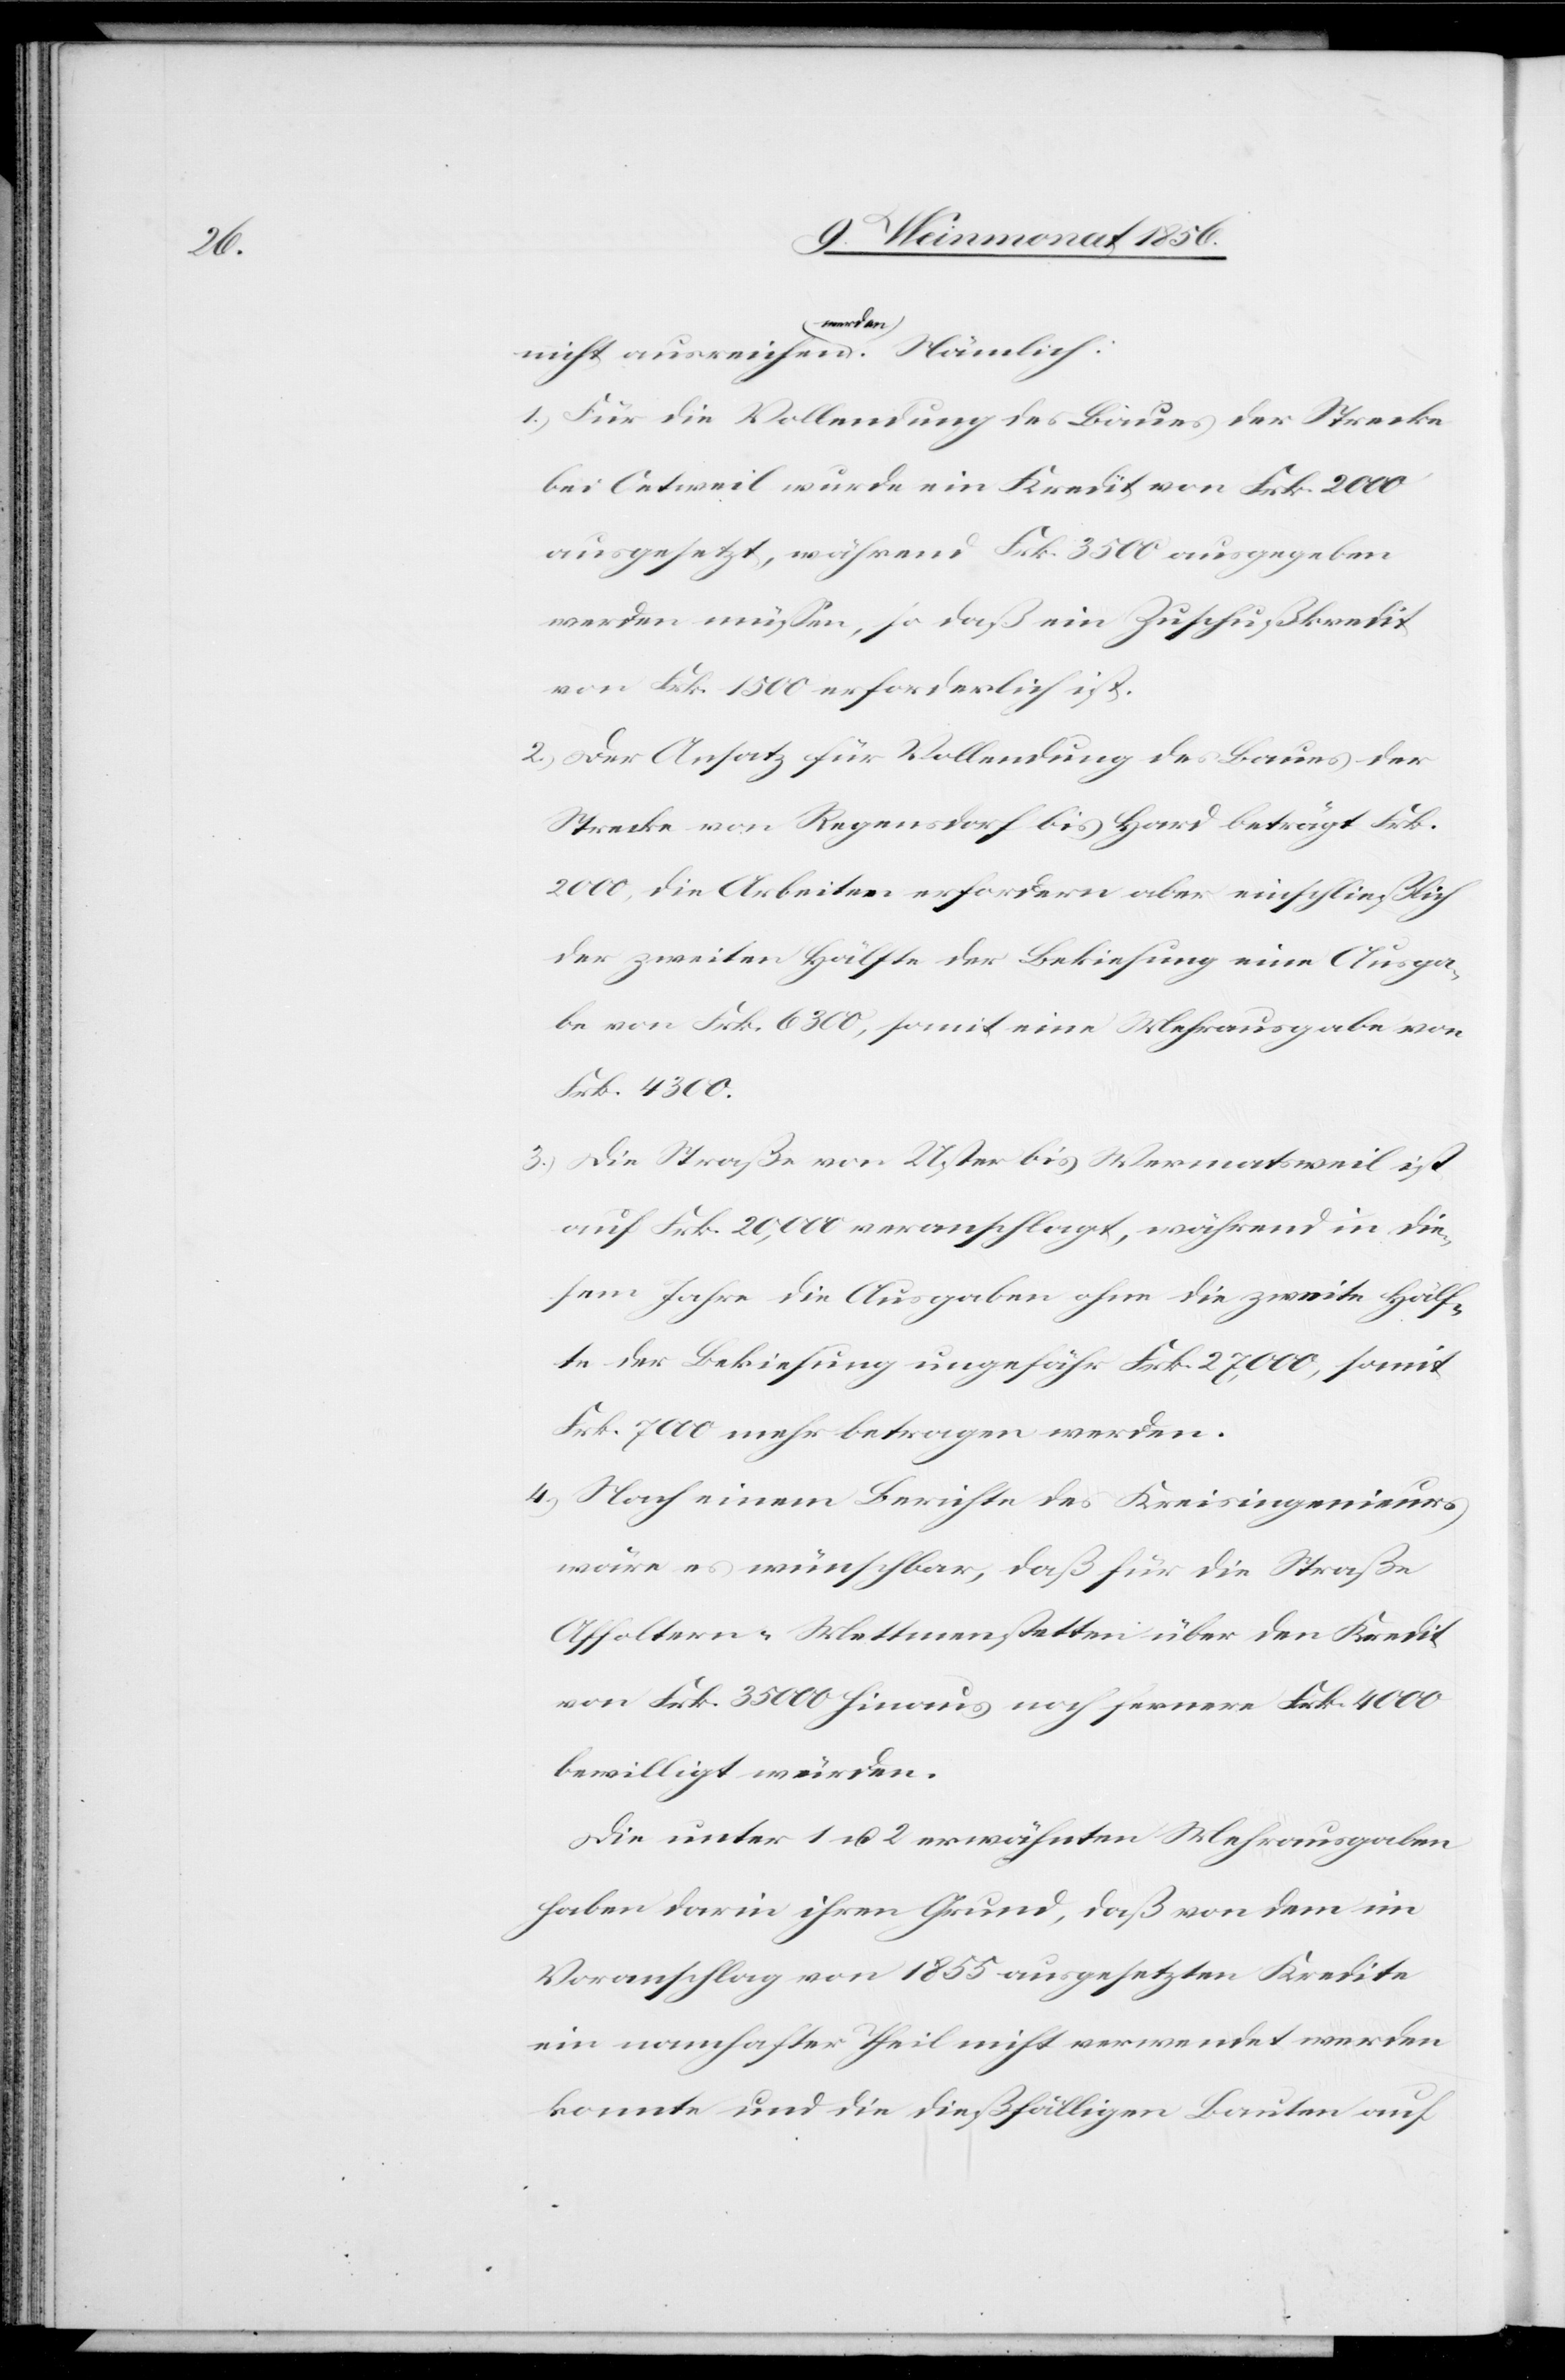
nicht ausreichen a-werden-a. Nämlich:
1.) Für die Vollendung des Baues der Strecke
bei Oetweil wurde ein Kredit von Frk. 2000
ausgesetzt, während Frk. 3500 ausgegeben
werden müssen, so daß ein Zuschußkredit
von Frk. 1500 erforderlich ist.
2.) Der Ansatz für Vollendung des Baues der
Strecke von Regensdorf bis Hard beträgt Frk.
2000, die Arbeiten erfordern aber einschließlich
der zweiten Hälfte der Bekiesung eine Ausga¬
be von Frk. 6300, somit eine Mehrausgabe von
Frk. 4300.
3.) Die Straße von Uster bis Wermatsweil ist
auf Frk. 20,000 veranschlagt, während in die¬
sem Jahre die Ausgaben ohne die zweite Hälf¬
te der Bekiesung ungefähr Frk. 27,000, somit
Frk. 7000 mehr betragen werden.
4.) Nach einem Berichte des Kreisingenieurs
wäre es wünschbar, daß für die Straße
Affoltern-Mettmenstetten über den Kredit
von Frk. 35 000 hinaus noch fernere Frk. 4000
bewilligt würden.
Die unter 1 u. 2 erwähnten Mehrausgaben
haben darin ihren Grund, daß von dem im
Voranschlag von 1855 ausgesetzten Kredite
ein namhafter Theil nicht verwendet werden
konnte und die dießfälligen Bauten auf